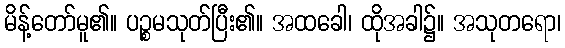
မိန့်တော်မူ၏။ ပဉ္စမသုတ်ပြီး၏။ အထခေါ၊ ထိုအခါ၌။ အသုတရော၊